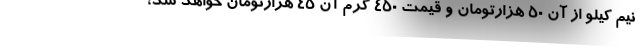
نیم کیلو از آن ۵۰ هزارتومان و قیمت ۴۵۰ گرم آن ۴۵ هزارتومان خواهد شد،